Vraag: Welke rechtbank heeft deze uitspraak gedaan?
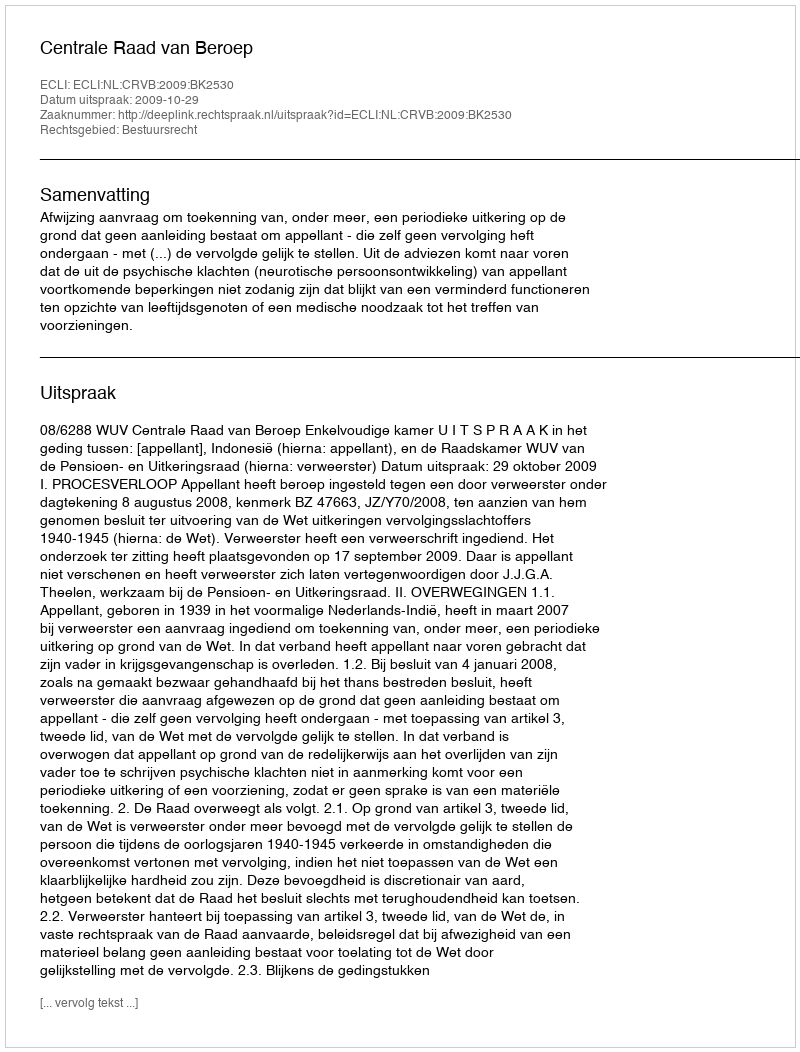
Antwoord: Centrale Raad van Beroep